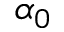
\alpha _ { 0 }